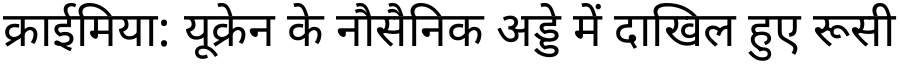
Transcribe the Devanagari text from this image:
क्राईमिया: यूक्रेन के नौसैनिक अड्डे में दाखिल हुए रूसी